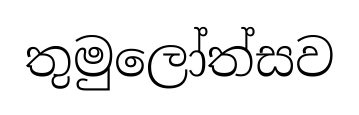
තුමුලෝත්සව